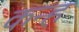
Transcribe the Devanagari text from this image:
कन्ह